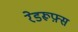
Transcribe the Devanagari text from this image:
रेडरूफ़्स